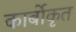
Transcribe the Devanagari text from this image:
कार्बोकृत